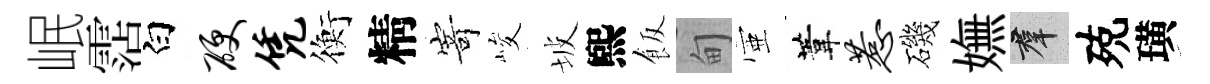
岷霑白硬凭衡精𭔃峻坡煕飯甸壺葦惹磯嫵群殑璜